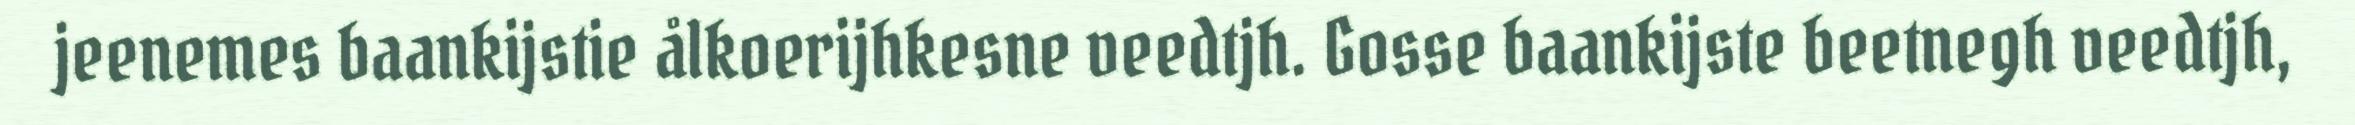
jeenemes baankijstie ålkoerijhkesne veedtjh. Gosse baankijste beetnegh veedtjh,